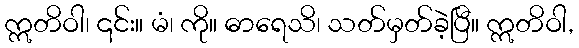
ဣတိဝါ၊ ၎င်း။ မံ၊ ကို။ ဓာရေသိ၊ သတ်မှတ်ခဲ့ပြီ။ ဣတိဝါ,